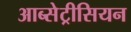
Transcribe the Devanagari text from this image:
आब्सेट्रीसियन